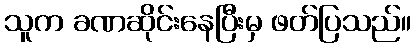
သူက ခဏဆိုင်းနေပြီးမှ ဖတ်ပြသည်။